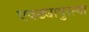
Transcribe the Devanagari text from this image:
एवढ्यापुरत्या